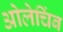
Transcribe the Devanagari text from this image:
ओलेचिंब